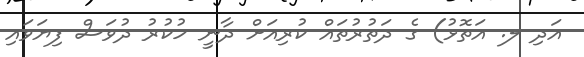
އަދި ލ. އަތޮޅު) ގެ ދަތުރުތައް ކުރިއަށް ދާނީ ހުކުރު ދުވަސް ފިޔަވައި